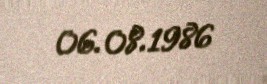
06.08.1986